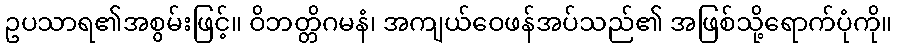
ဥပသာရ၏အစွမ်းဖြင့်။ ဝိဘတ္တိဂမနံ၊ အကျယ်ဝေဖန်အပ်သည်၏ အဖြစ်သို့ရောက်ပုံကို။